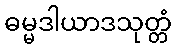
ဓမ္မဒါယာဒသုတ္တံ